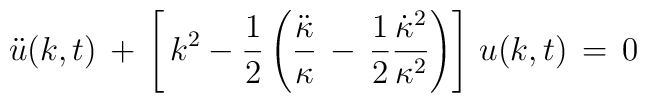
\ddot{u}(k,t) \, + \, \left [ \, k^2 - {1 \over 2} \left ( {\ddot{\kappa} \over \kappa} \, - \, {1\over 2} {\dot{\kappa}^2 \over \kappa^2} \right )\right ] \, u(k,t) \, = \, 0